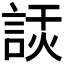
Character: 𧨗